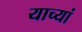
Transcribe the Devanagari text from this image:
याच्यां